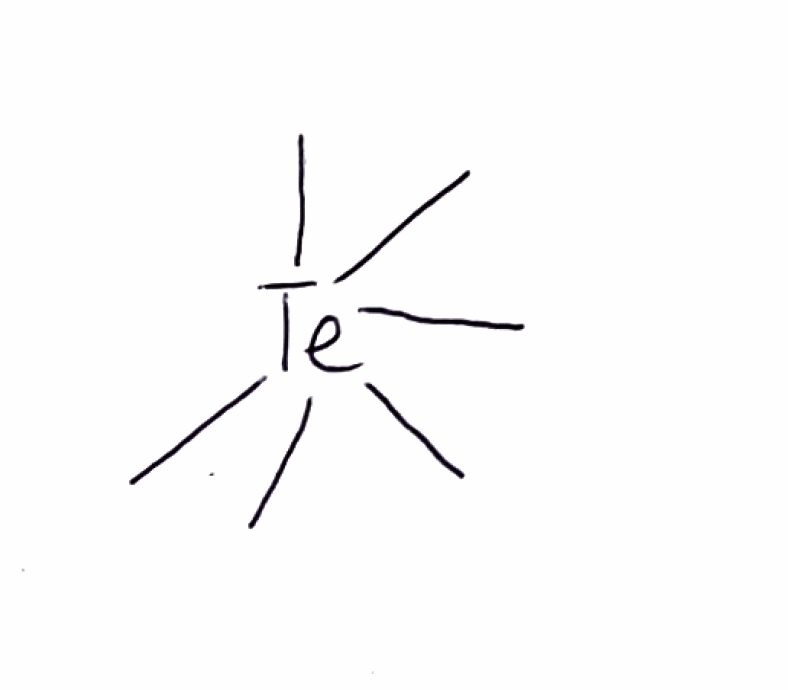
Simplified molecular-input line-entry system (SMILES) notation of the given molecule:
C[Te](C)(C)(C)(C)C